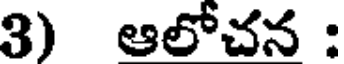
3) ఆలోచన :